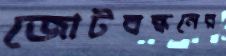
জোটবন্ধনের